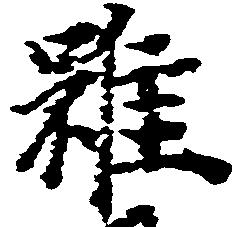
雖